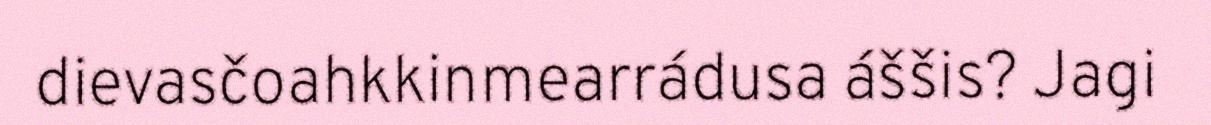
dievasčoahkkinmearrádusa áššis? Jagi